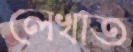
লেখাত